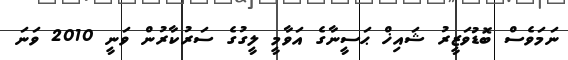
ނަމަވެސް ބޮޑުވަޒީރު ޝައިޚް ޙަސީނާގެ އަވާމީ ލީގުގެ ސަރުކާރުން ވަނީ 2010 ވަނަ